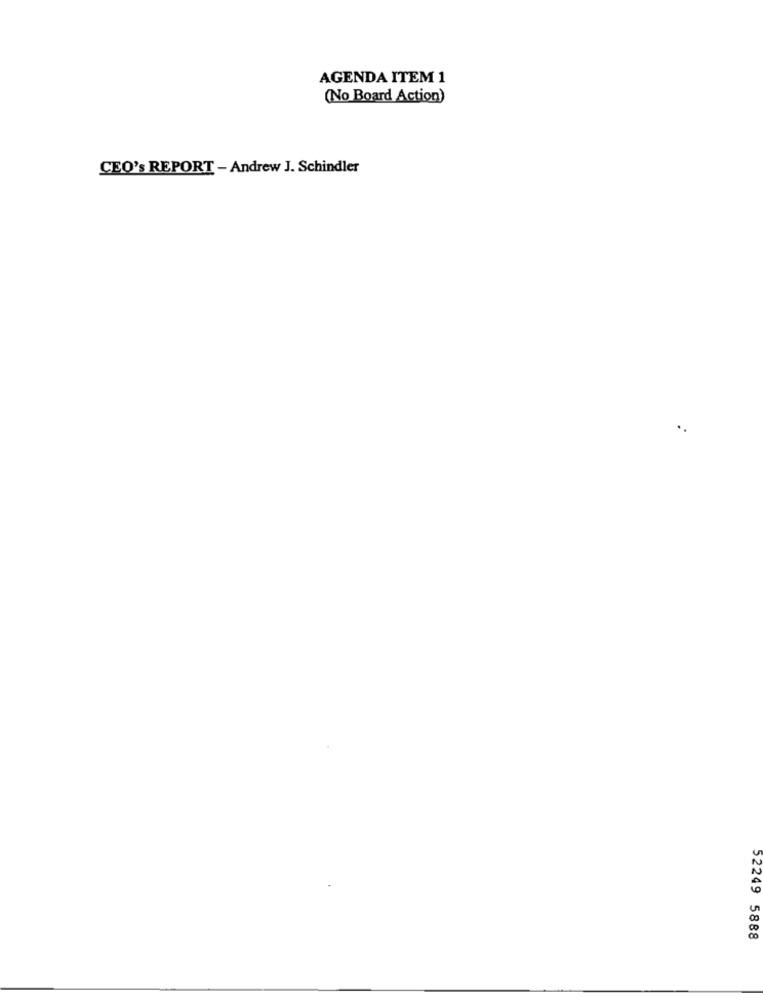
AGENDA ITEM 1
(No Board Action)
CEO's REPORT - Andrew J. Schindler
52249 5888